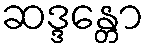
ဆဒ္ဒန္တော